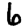
Digit: 6